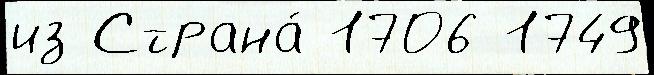
из Страна́ 1706 1749